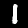
Digit: 1